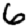
Digit: 6